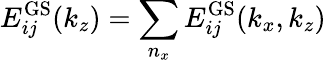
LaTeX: E_{ij}^{\mathrm{GS}}(k_{z})=\sum_{n_{x}}E_{ij}^{\mathrm{GS}}(k_{x},k_{z})